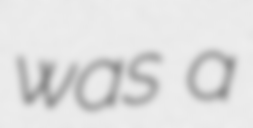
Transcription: was a